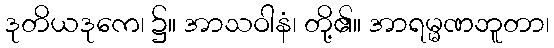
ဒုတိယဒုကေ၊ ၌။ အာသဝါနံ၊ တို့၏။ အာရမ္မဏဘူတာ၊